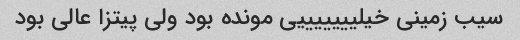
سیب زمینی خیلیییییییی مونده بود ولی پیتزا عالی بود